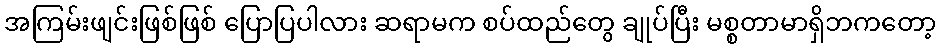
အကြမ်းဖျင်းဖြစ်ဖြစ် ပြောပြပါလား ဆရာမက စပ်ထည်တွေ ချုပ်ပြီး မစ္စတာမာရှိဘကတော့